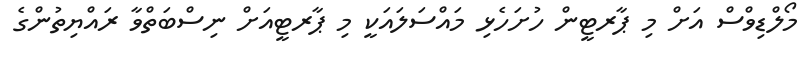
މޯލްޑިވްސް އަށް މި ޕާރޓީން ހުށަހެޅި މައްސަލައަކީ މި ޕާރޓީއަށް ނިސްބަތްވާ ރައްޔިތުންގެ